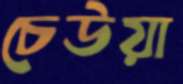
চেউয়া